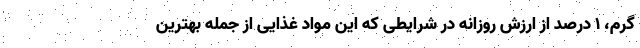
گرم، 1 درصد از ارزش روزانه در شرایطی که این مواد غذایی از جمله بهترین